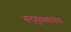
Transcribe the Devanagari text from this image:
सद्‌गुरुस्थानीच